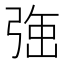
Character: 𭚹